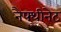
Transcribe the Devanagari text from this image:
नैफ्थीनेट